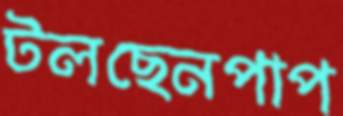
টলছেনপাপ